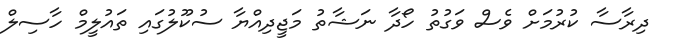
ދިރާސާ ކުރުމަށް ވެސް ވަގުތު ހޯދާ ނަޝާތު މަޖީދިއްޔާ ސުކޫލުގައި ތައުލީމް ހާސިލް